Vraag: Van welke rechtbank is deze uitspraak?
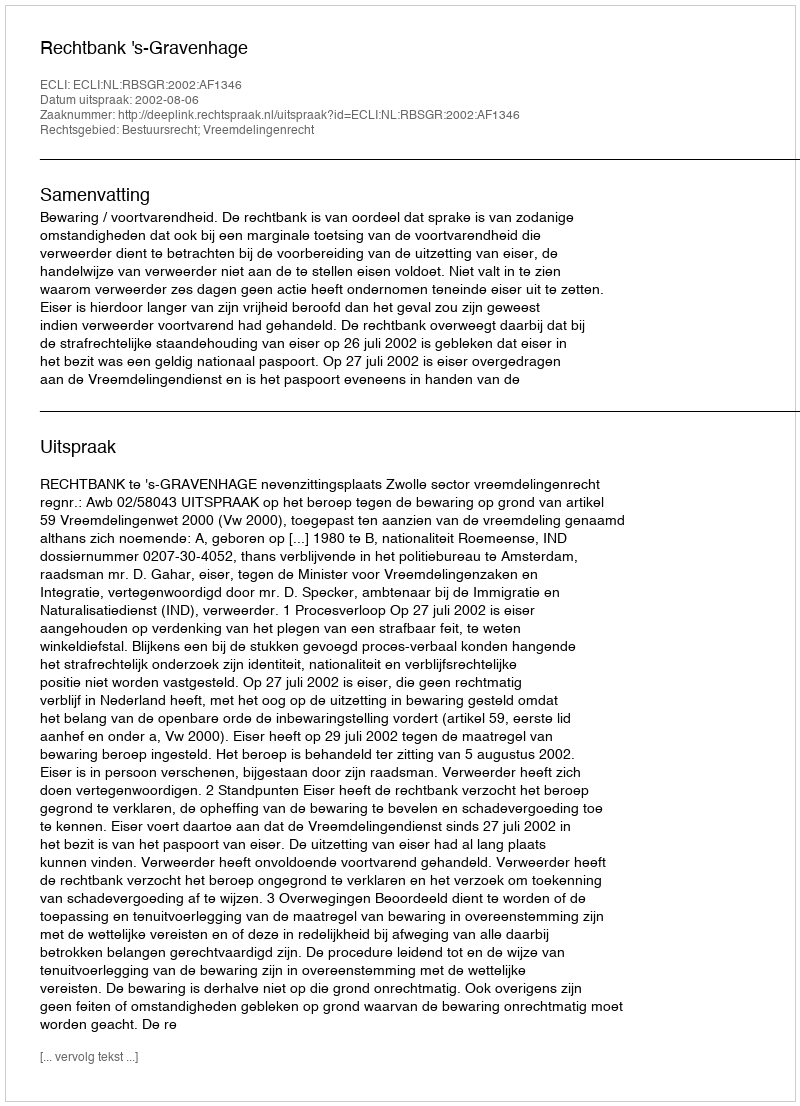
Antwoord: Rechtbank 's-Gravenhage